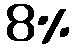
8%